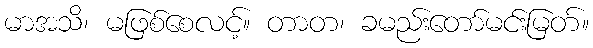
မာအသိ၊ မဖြစ်စေလင့်။ တာတ၊ ခမည်းတော်မင်းမြတ်။